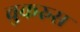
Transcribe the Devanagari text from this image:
चुकरुस